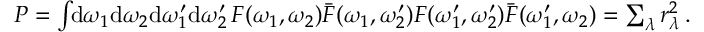
\begin{array} { r } { P = \int \! \! \mathrm { d } \omega _ { 1 } \mathrm { d } \omega _ { 2 } \mathrm { d } \omega _ { 1 } ^ { \prime } \mathrm { d } \omega _ { 2 } ^ { \prime } \, F ( \omega _ { 1 } , \omega _ { 2 } ) \bar { F } ( \omega _ { 1 } , \omega _ { 2 } ^ { \prime } ) F ( \omega _ { 1 } ^ { \prime } , \omega _ { 2 } ^ { \prime } ) \bar { F } ( \omega _ { 1 } ^ { \prime } , \omega _ { 2 } ) = \sum _ { \lambda } r _ { \lambda } ^ { 2 } \, . } \end{array}